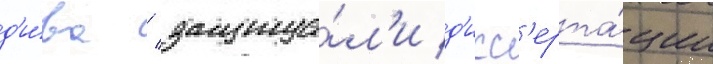
д'и́ва / защища́л'и д'исс'ерта́ции